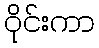
ဝိုင်းကာ